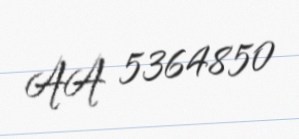
AA 5364850